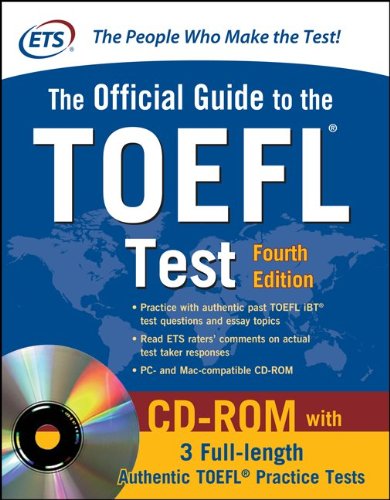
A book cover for Official Guide to the TOEFL Test With CD-ROM, 4th Edition (Official Guide to the Toefl Ibt); Educational Testing Service; Test Preparation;